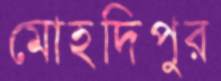
মোহদিপুর